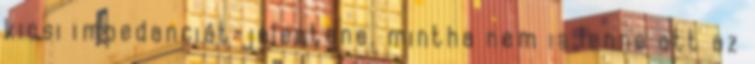
kicsi impedanciát jelentene, mintha nem is lenne ott az